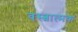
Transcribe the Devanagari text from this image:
वस्त्वात्मक